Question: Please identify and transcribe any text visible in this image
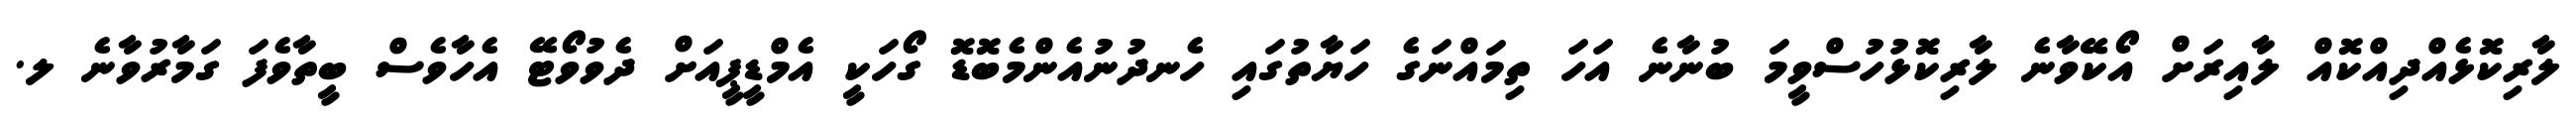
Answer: ލާރިކޮޅެއްދިއްކޮއް ލާއިރަށް އޯކޭވާނެ ލާރިކޮޅުހުސްވީމަ ބުނާނެ އަހަ ތިމައްނަގެ ހަޔާތުގައި ހެނދުނުއެންމެބޮޑޮ ގޯހަކީ އެމްޑީޕީއަށް ދެވުވޯޓޭ އެހާވެސް ބީތާވެފަ ގަމާރުވާނެ ލ.